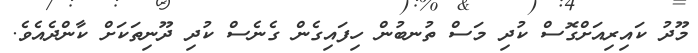
މޫދު ކައިރިއަށްގޮސް ކުދި މަސް ތުނބުން ހިފައިގެން ގެނެސް ކުދި ދޫނިތަކަށް ކާންދެއެވެ.